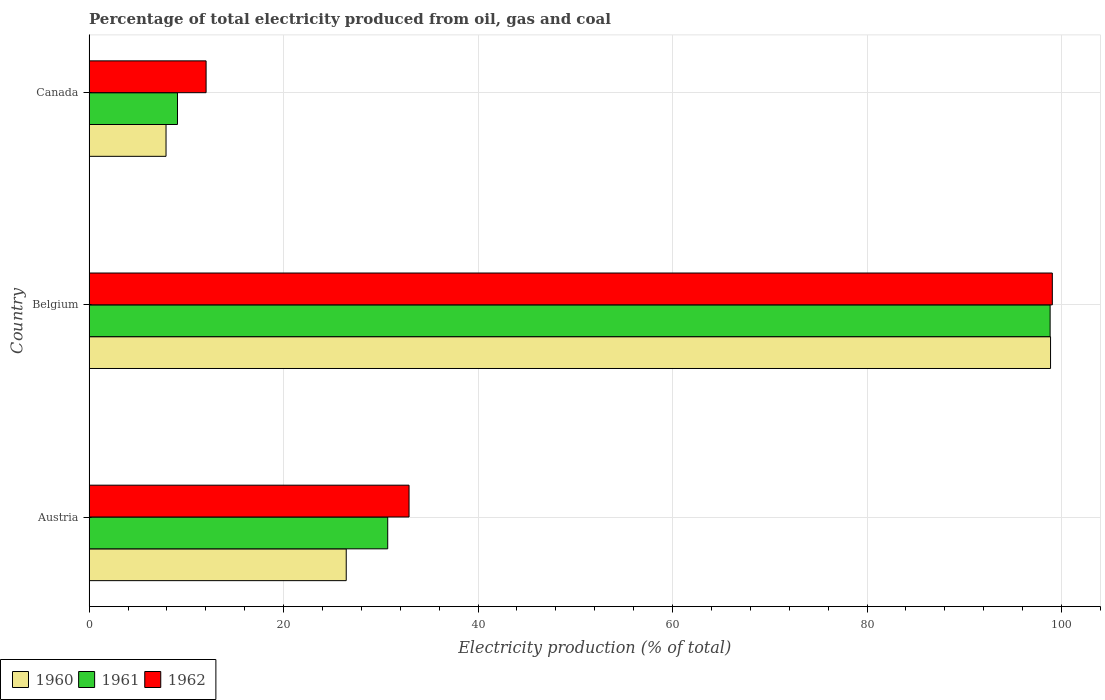
| Country | 1960 | 1961 | 1962 |
 | --- | --- | --- | --- |
 | Austria | 26.4 | 30.7 | 32.9 |
 | Belgium | 98.9 | 98.8 | 99 |
 | Canada | 7.91 | 9.09 | 12 |